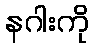
နဂါးကို